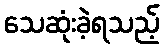
သေဆုံးခဲ့ရသည့်